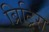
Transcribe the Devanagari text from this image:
ब्रिट्रिस